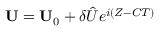
{ \bf U } = { \bf U } _ { 0 } + \delta \hat { U } e ^ { i ( Z - C T ) }